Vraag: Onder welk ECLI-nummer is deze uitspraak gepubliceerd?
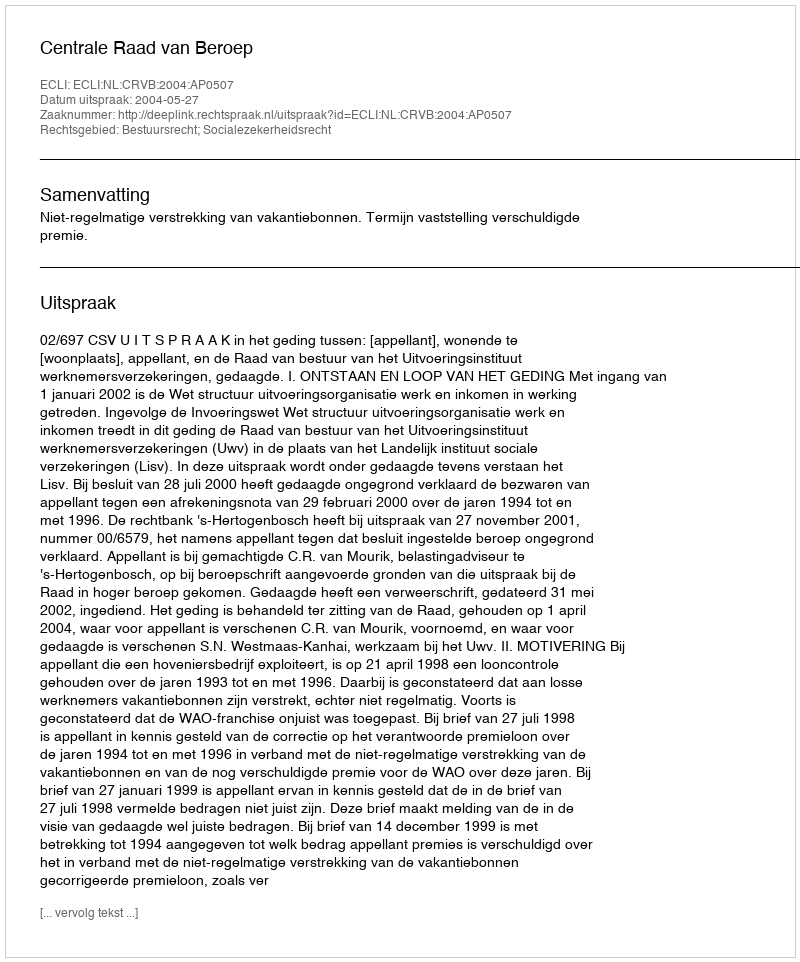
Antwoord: ECLI:NL:CRVB:2004:AP0507